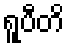
ရူပီတိ